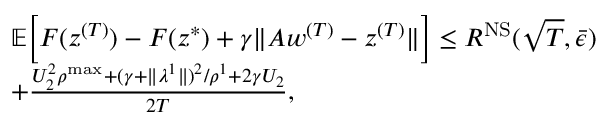
\begin{array} { r l } & { \mathbb { E } \Big [ F ( z ^ { ( T ) } ) - F ( z ^ { * } ) + \gamma \| A w ^ { ( T ) } - z ^ { ( T ) } \| \Big ] \leq R ^ { \mathrm { N S } } ( \sqrt { T } , \bar { \epsilon } ) } \\ & { + \frac { U _ { 2 } ^ { 2 } \rho ^ { \mathrm { m a x } } + ( \gamma + \| \lambda ^ { 1 } \| ) ^ { 2 } / \rho ^ { 1 } + 2 \gamma U _ { 2 } } { 2 T } , } \end{array}